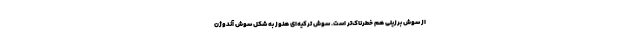
از سوش برزیلی هم خطرناک‌تر است. سوش ترکیه‌ای هنوز به شکل سوش آندوژن